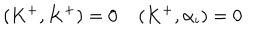
LaTeX: ( K ^ { + } , K ^ { + } ) = 0 \: \: \: \: \: ( K ^ { + } , \alpha _ { i } ) = 0